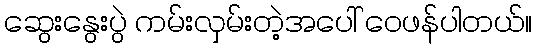
ဆွေးနွေးပွဲ ကမ်းလှမ်းတဲ့အပေါ် ဝေဖန်ပါတယ်။